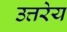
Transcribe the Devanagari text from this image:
उत्तरेय